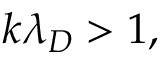
k \lambda _ { D } > 1 ,